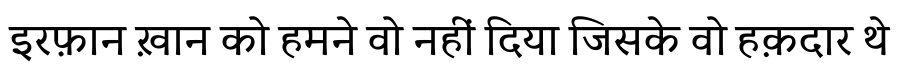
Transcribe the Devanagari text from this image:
इरफ़ान ख़ान को हमने वो नहीं दिया जिसके वो हक़दार थे